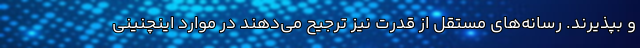
و بپذیرند. رسانه‌های مستقل از قدرت نیز ترجیح می‌دهند در موارد اینچنینی